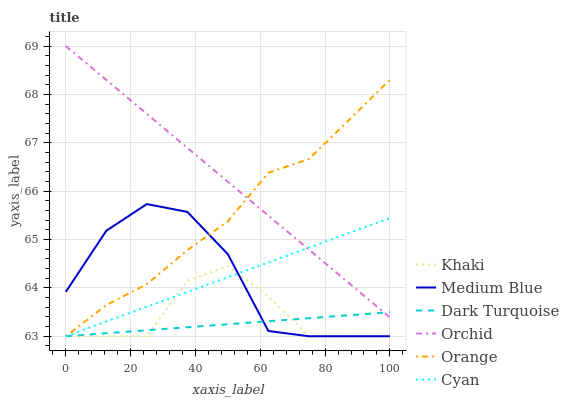
| xaxis_label | Khaki | Medium Blue | Dark Turquoise | Orchid | Orange | Cyan |
 | --- | --- | --- | --- | --- | --- | --- |
 | 0 | 63 | 63.9 | 63 | 69 | 63 | 63 |
 | 12.5 | 63 | 65.2 | 63.1 | 68.3 | 63.6 | 63.3 |
 | 25 | 63 | 65.7 | 63.1 | 67.6 | 64.1 | 63.6 |
 | 37.5 | 64.2 | 65.6 | 63.2 | 66.9 | 64.8 | 63.9 |
 | 50 | 64.5 | 64.7 | 63.2 | 66.2 | 65.4 | 64.2 |
 | 62.5 | 63.8 | 63.1 | 63.3 | 65.5 | 66.4 | 64.5 |
 | 75 | 63 | 63 | 63.4 | 64.8 | 66.7 | 64.8 |
 | 87.5 | 63 | 63 | 63.4 | 64.1 | 67.5 | 65.1 |
 | 100 | 63 | 63 | 63.5 | 63.4 | 68.3 | 65.4 |